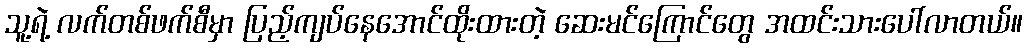
သူ့ရဲ့ လက်တစ်ဖက်စီမှာ ပြည့်ကျပ်နေအောင်ထိုးထားတဲ့ ဆေးမင်ကြောင်တွေ အထင်းသားပေါ်လာတယ်။